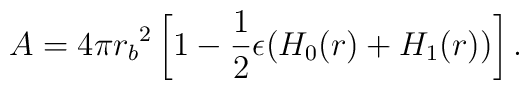
A=4\pi {r_b}^2\left[1-\frac{1}{2}\epsilon (H_0(r)+H_1(r))\right].